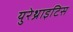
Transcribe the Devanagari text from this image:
युरेथ्राइटिस